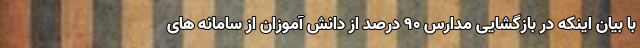
با بیان اینکه در بازگشایی مدارس ۹۰ درصد از دانش آموزان از سامانه های